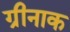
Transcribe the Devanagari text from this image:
ग्रीनाक